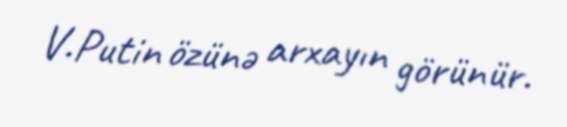
V.Putin özünə arxayın görünür.